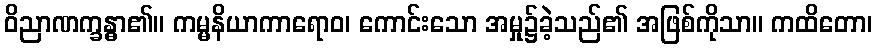
ဝိညာဏက္ခန္ဓာ၏။ ကမ္မနိယာကာရောဝ၊ ကောင်းသော အမှု၌ခဲ့သည်၏ အဖြစ်ကိုသာ။ ကထိတော၊